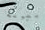
بطوله